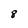
Character: 8